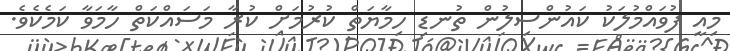
މިއީ ފުވައްމުލަކު ކައުންސިލުން ތުނޑި ހިމާޔަތް ކުރުމަށް ކުރާ މަސައްކަތް ހާމަވާ ކަމެކެވެ.